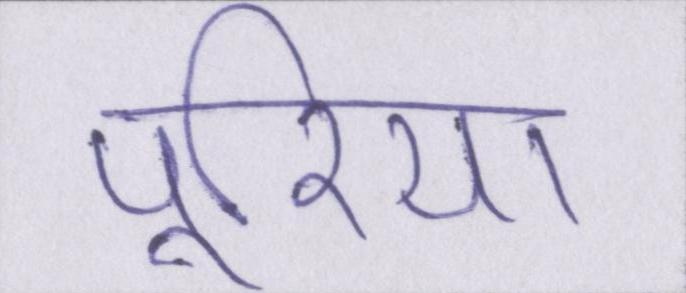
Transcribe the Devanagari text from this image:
पूरिया